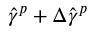
\hat { \gamma } ^ { p } + \Delta \hat { \gamma } ^ { p }